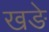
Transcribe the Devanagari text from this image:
खङे